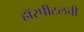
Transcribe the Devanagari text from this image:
हॉस्पीटलची